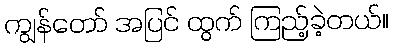
ကျွန်တော် အပြင် ထွက် ကြည့်ခဲ့တယ်။